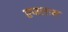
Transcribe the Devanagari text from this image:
एजलास